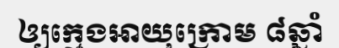
ឲ្យក្មេងអាយុក្រោម ៨ឆ្នាំ